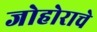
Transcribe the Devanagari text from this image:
जोहोराचे